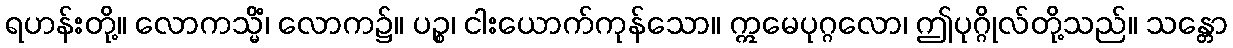
ရဟန်းတို့။ လောကသ္မိံ၊ လောက၌။ ပဉ္စ၊ ငါးယောက်ကုန်သော။ ဣမေပုဂ္ဂလော၊ ဤပုဂ္ဂိုလ်တို့သည်။ သန္တော